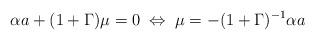
LaTeX: \begin{align*}\alpha a + (1 + \Gamma) \mu = 0 \; \Leftrightarrow \; \mu = - (1 + \Gamma)^{-1}\alpha a\end{align*}